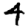
Digit: 4